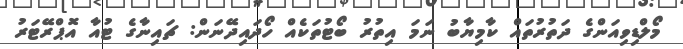
މޯލްޑިވިއަންގެ ދަތުރުތައް ކާމިޔާބު ނަމަ އިތުރު ބޯޓުތަކެއް ހޯދައިދޭނަން: ޗައިނާގެ ޓުއާ އޮޕްރޭޓަރު